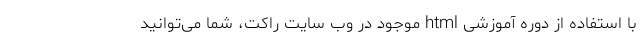
با استفاده از دوره آموزشی html موجود در وب سایت راکت، شما می‌توانید